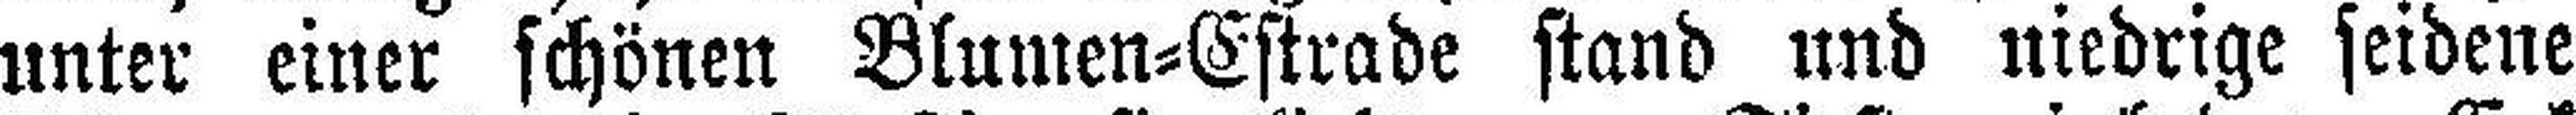
unter einer schönen Blumen=Estrade stand und niedrige seidene